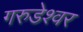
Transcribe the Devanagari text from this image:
गरुडेश्वर